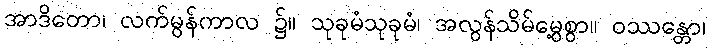
အာဒိတော၊ လက်မွန်ကာလ ၌။ သုခုမံသုခုမံ၊ အလွန်သိမ်မွေ့စွာ။ ဝဿန္တော၊